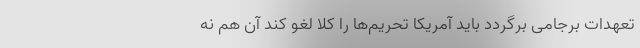
تعهدات برجامی برگردد باید آمریکا تحریم‌ها را کلا لغو کند آن هم نه